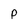
Character: P